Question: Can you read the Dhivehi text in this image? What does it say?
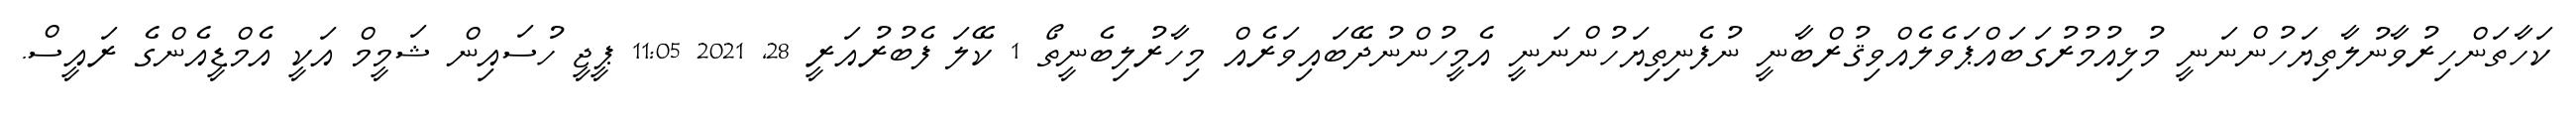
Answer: ކަހާތަންހިރުވާނުލާތިޔަހުންނަނީ މުޅިއުމުރުގަބައްޕަވެލެއްވިޤުރްބާނީ ނުފެނިތިޔަހުންނަނީ އެމީހުންނުދޭބައިވަރެއް މިހާރުލިބެނީތޯ 1 ކޭލަ ފެބުރުއަރީ 28, 2021 11:05 ޕީޖީ ހުސައިން ޝަމީމް އަކީ އެމްޑީއެންގެ ރައީސް.